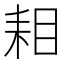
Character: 𮋦